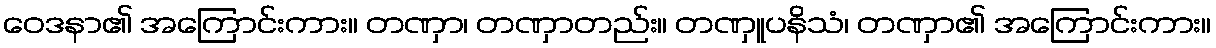
ဝေဒနာ၏ အကြောင်းကား။ တဏှာ၊ တဏှာတည်း။ တဏှူပနိသံ၊ တဏှာ၏ အကြောင်းကား။